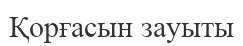
Қорғасын зауыты